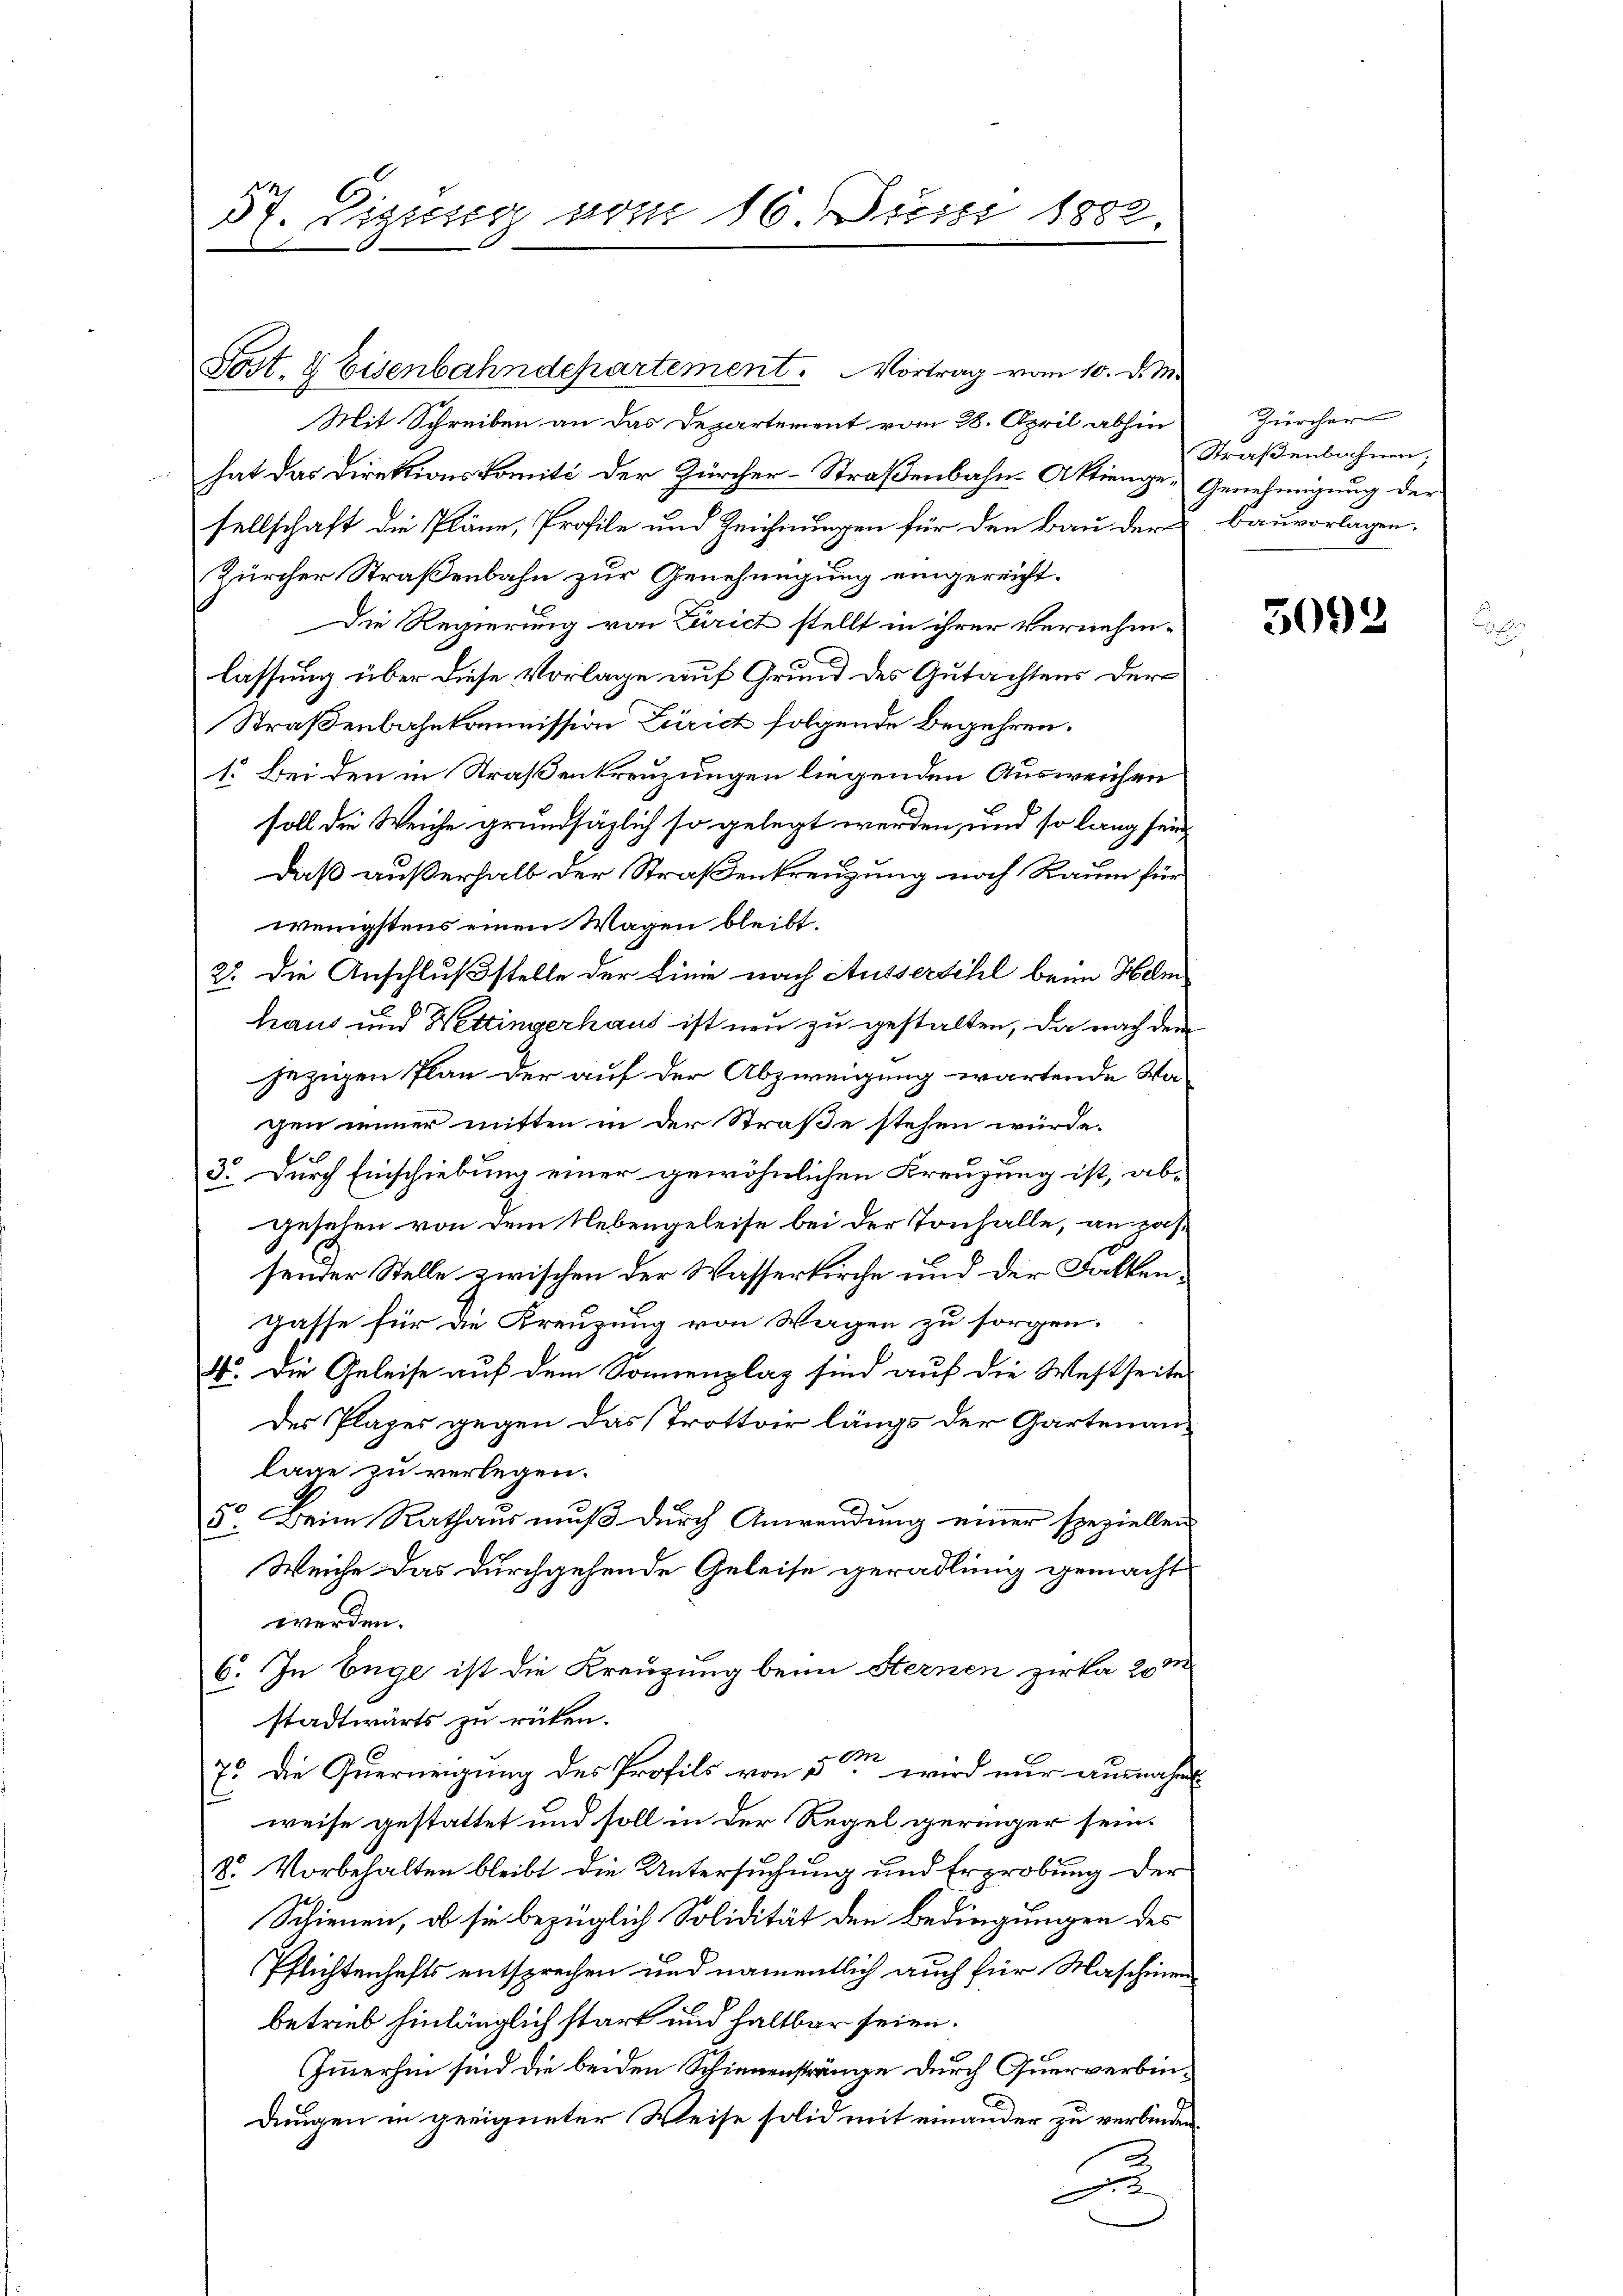
57. Eigung vom 16. Juni 1882.

Post. 8 Eisenbahndepartement. Vortrag vom 10. d. M.

Mit Schreiben an das Departement vom 28. April abhin
hat das Direktionskomité der Zürcher-Straßenbahn-Aktienge- Genehmigung der
sellschaft die Pläne, Profile und Zeichnungen für den Bau der bauvorlagen.
Zürcher Straßenbahn zur Genehmigung eingereicht.
Die Regierung von Zürich stellt in ihrer Vernehmlassung über diese Vorlage auf Grund des Gutachtens der
Straßenbahnkommission Zürich folgende Begehren.
1. Bei den in Straßenkreuzungen liegenden Ausweichen
soll die Weiche grundsätzlich so gelegt werden, und so lang sein
daß außerhalb der Straßenkreuzung noch Raum für
wenigstens einen Wagen bleibt.
2o. Die Anschluß stelle der Linie nach Aussersihl beim Helm
haus und Wettingerhaus ist neu zu gestalten, da nach dem
jezigen Plan der auf der Abzweigung wartende Wa
gen immer mitten in der Straße stehen würde.
3. Durch Einschiebung einer gewöhnlichen Kreuzung ist, ab-
gesehen von dem Nebengeleise bei der Tonhalle, an passender Stelle zwischen der Wasserkirche und der Falkengasse für die Kreuzung von Wagen zu sorgen.
4. Die Geleise auf dem Sonnenplaz sind auf die Westseite
des Plager gegen das Trottoir längs der Gartenanlage zu verlegen.
Beim Rathaus muß durch Anwendung einer speziellen
0
Weiche das durchgehende Geleise geradlinig gemacht
werden.
6. In Enge ist die Kreuzung beim Sternen zirka 200
stadtwärts zu rüken.
75. Die Querneigung des Profils von 5 wird nur ausnahm
weise gestattet und soll in der Regel geringer sein¬
8. Vorbehalten bleibt die Untersuchung und Erprobung der
Schienen, ob sie bezüglich Solidität den Bedingungen des
Pflichtenhafts entsprechen und namentlich auch für Maschinen
betrieb hinlänglich stark und haltbar seien.
Immerhin sind die beiden Schienenstränge durch Querverbindungen in geeigneter Weise solid mit einander zu verbinden.
A

Zürcher
Straßenbahnen;

5093